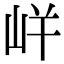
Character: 𭖓